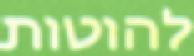
להוטות